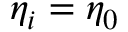
\eta _ { i } = \eta _ { 0 }